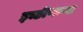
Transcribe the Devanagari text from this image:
इच्छीणाऱ्या